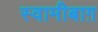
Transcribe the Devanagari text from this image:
स्वामीबाग़